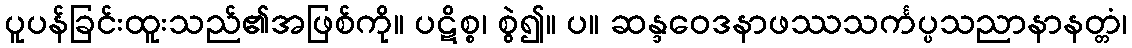
ပူပန်ခြင်းထူးသည်၏အဖြစ်ကို။ ပဋိစ္စ၊ စွဲ၍။ ပ။ ဆန္ဒဝေဒနာဖဿသင်္ကပ္ပသညာနာနတ္တံ၊